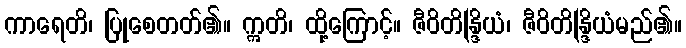
ကာရေတိ၊ ပြုစေတတ်၏။ ဣတိ၊ ထို့ကြောင့်။ ဇီဝိတိန္ဒြိယံ၊ ဇီဝိတိန္ဒြိယံမည်၏။